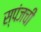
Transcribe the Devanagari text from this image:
स्पंजची